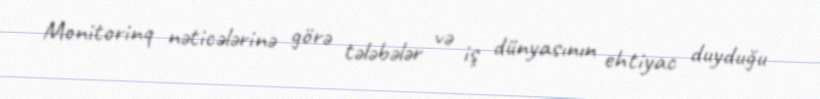
Monitorinq nəticələrinə görə tələbələr və iş dünyasının ehtiyac duyduğu